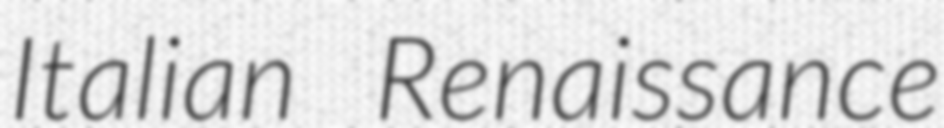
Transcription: Italian Renaissance